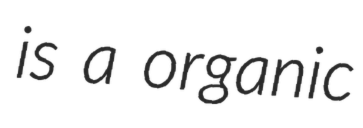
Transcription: is a organic